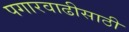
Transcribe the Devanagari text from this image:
पगारवाढीसाठी